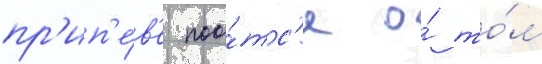
пр'ип'е́в'е поо́тс'я о́ то́м